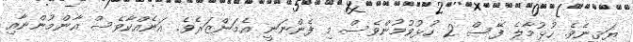
ޔަޤީނެވެ. ހުޅުމާލެ ފޭސް 2 ހުޅުވުމުންވެސް މި ފެންނަނީ އެމަންޒަރެވެ. އަނެއްކާވެސް އާންމުންނާއި